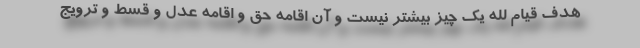
هدف قیام لله یک چیز بیشتر نیست و آن اقامه حق و اقامه عدل و قسط و ترویج